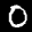
Label: 0